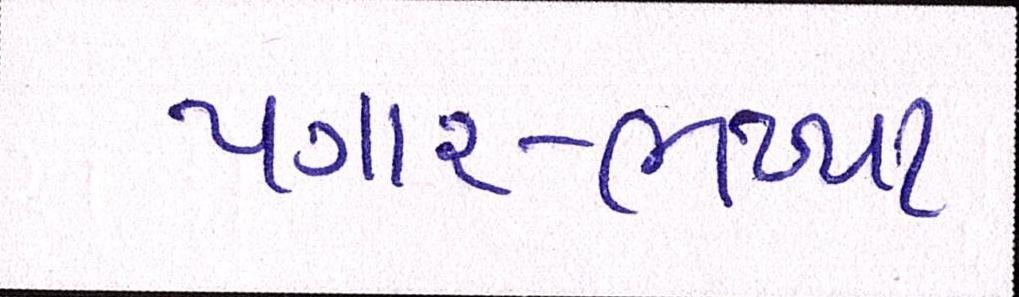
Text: પગાર-ભથ્થા